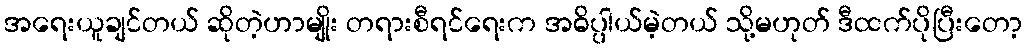
အရေးယူချင်တယ် ဆိုတဲ့ဟာမျိုး တရားစီရင်ရေးက အဓိပ္ပါယ်မဲ့တယ် သို့မဟုတ် ဒီထက်ပိုပြီးတော့